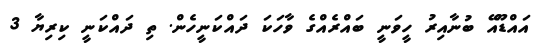
އައްޑޫއޭ ބުނާއިރު ހީވަނީ ބައްރެއްގެ ވާހަކަ ދައްކަނީހެން. ތި ދައްކަނީ ކިރިޔާ 3